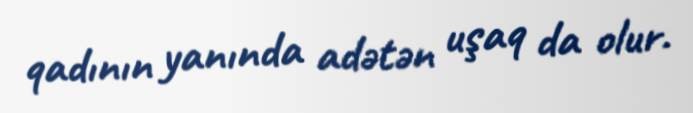
qadının yanında adətən uşaq da olur.